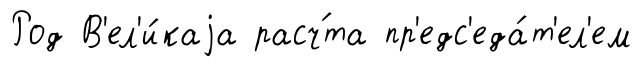
Род В'ел'и́каjа расч́та пр'едс'еда́т'ел'ем